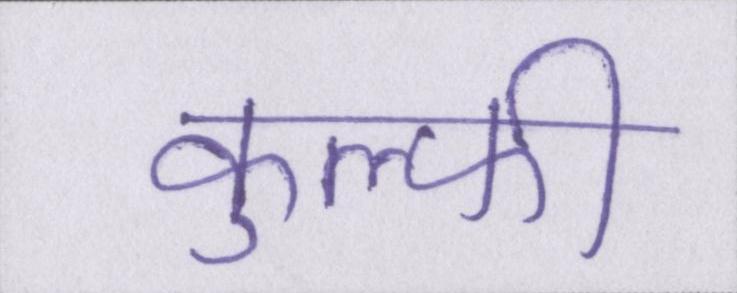
कुल्फी